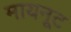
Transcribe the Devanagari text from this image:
मायनूट